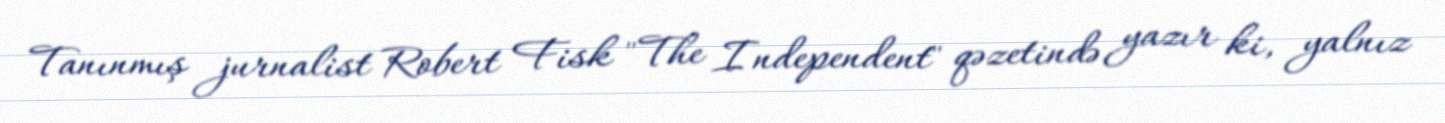
Tanınmış jurnalist Robert Fisk "The Independent" qəzetində yazır ki, yalnız